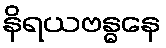
နိရယဗန္ဓနေ